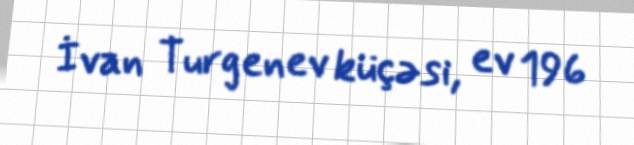
İvan Turgenev küçəsi, ev 196